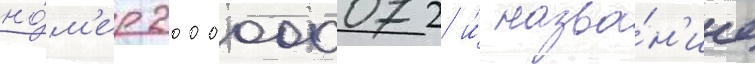
но́м'ер 2000000072 и́ назва́н'ие